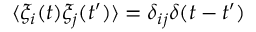
\langle \xi _ { i } ( t ) \xi _ { j } ( t ^ { \prime } ) \rangle = \delta _ { i j } \delta ( t - t ^ { \prime } )